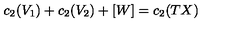
c _ { 2 } ( V _ { 1 } ) + c _ { 2 } ( V _ { 2 } ) + [ W ] = c _ { 2 } ( T X )